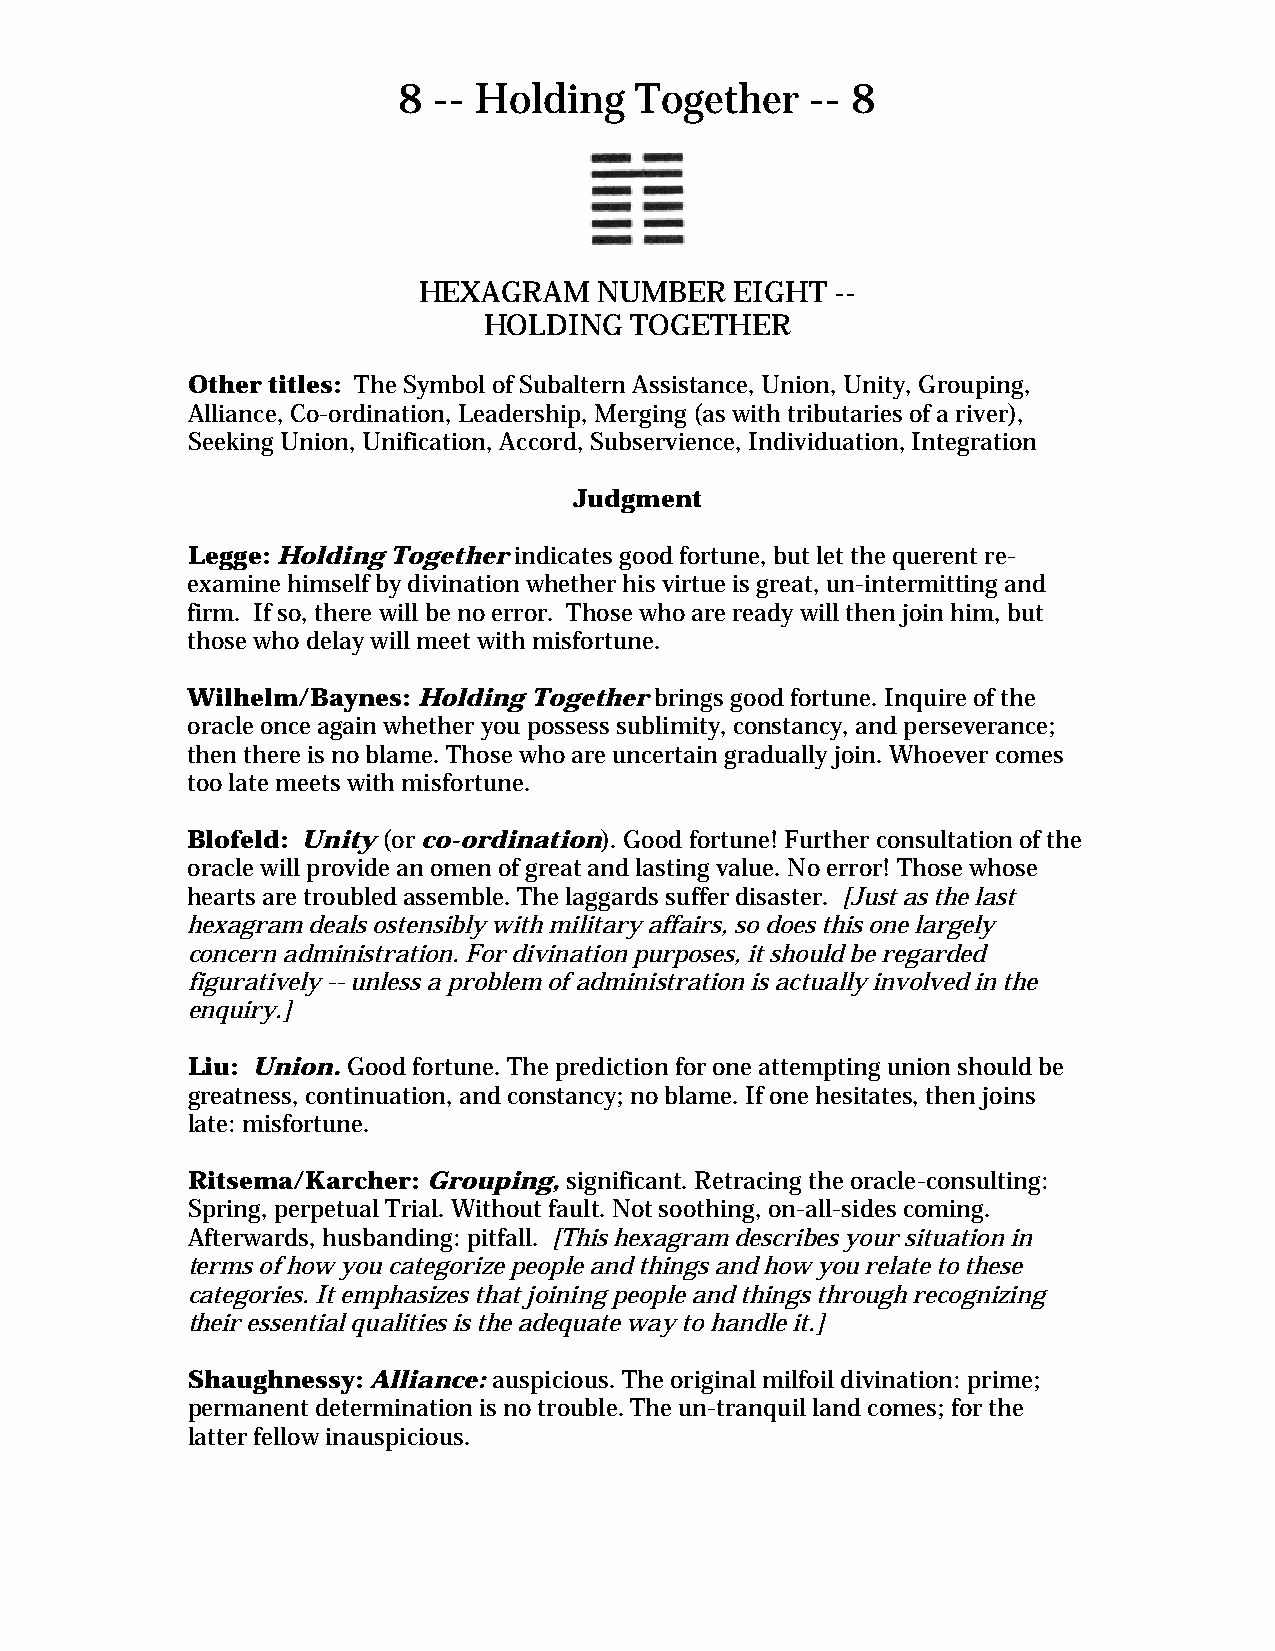
8  -- Holding   Together    -- 8
 HEXAGRAM    NUMBER   EIGHT --
 HOLDING   TOGETHER
 Other titles: The Symbol of Subaltern Assistance, Union, Unity, Grouping,
 Alliance, Co-ordination, Leadership, Merging (as with tributaries of a river),
 Seeking Union, Unification, Accord, Subservience, Individuation, Integration
 Judgment
 Legge: Holding Together indicates good fortune, but let the querent re-
 examine himself by divination whether his virtue is great, un-intermitting and
 firm. If so, there will be no error. Those who are ready will then join him, but
 those who delay will meet with misfortune.
 Wilhelm/Baynes: Holding Together brings good fortune. Inquire of the
 oracle once again whether you possess sublimity, constancy, and perseverance;
 then there is no blame. Those who are uncertain gradually join. Whoever comes
 too late meets with misfortune.
 Blofeld: Unity (or co-ordination). Good fortune! Further consultation of the
 oracle will provide an omen of great and lasting value. No error! Those whose
 hearts are troubled assemble. The laggards suffer disaster. [Just as the last
 hexagram deals ostensibly with military affairs, so does this one largely
 concern administration. For divination purposes, it should be regarded
 figuratively -- unless a problem of administration is actually involved in the
 enquiry.]
 Liu: Union. Good fortune. The prediction for one attempting union should be
 greatness, continuation, and constancy; no blame. If one hesitates, then joins
 late: misfortune.
 Ritsema/Karcher: Grouping, significant. Retracing the oracle-consulting:
 Spring, perpetual Trial. Without fault. Not soothing, on-all-sides coming.
 Afterwards, husbanding: pitfall. [This hexagram describes your situation in
 terms of how you categorize people and things and how you relate to these
 categories. It emphasizes that joining people and things through recognizing
 their essential qualities is the adequate way to handle it.]
 Shaughnessy: Alliance: auspicious. The original milfoil divination: prime;
 permanent determination is no trouble. The un-tranquil land comes; for the
 latter fellow inauspicious.